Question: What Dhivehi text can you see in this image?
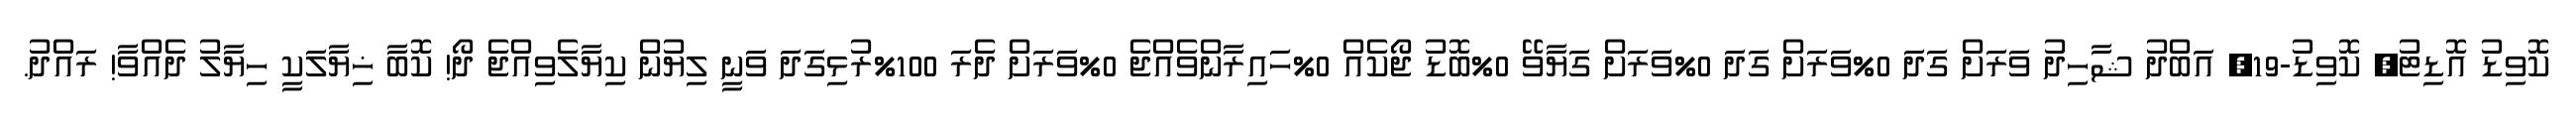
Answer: ކޮވިޑު އޮޑިޓު, ކޮވިޑު-19, އަބްދު ޝާހިދު ވަރަށް ގަދަ 0%ވަރަށް ގަދަ 0%ވަރަށް ގަޔާވޭ 0%ބޮޑު ޖޯކެއް 0%ހައިރާންވެއްޖެ 0%ވަރަށް ދެރަ 100%ރުޅިގަދަ ވަނީ ލިޔުން ކިޔާލެވިއްޖެ ދޯ! ކޮބާ ޚިޔާލަކީ ހިޔާލު ދެއްވާ! ރައްދު.